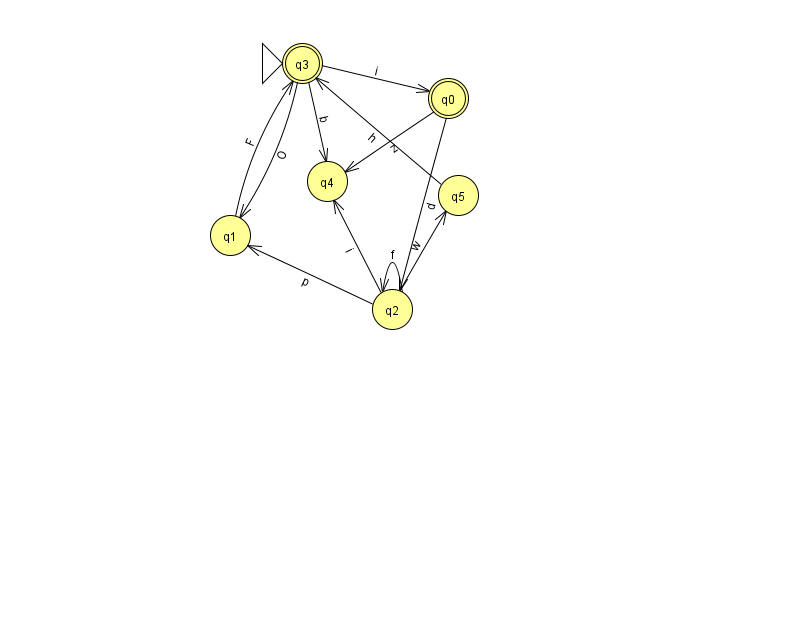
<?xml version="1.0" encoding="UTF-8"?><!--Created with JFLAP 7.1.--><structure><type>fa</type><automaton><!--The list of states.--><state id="0" name="q0"><x>448.0</x><y>85.0</y><final/></state><state id="1" name="q1"><x>230.0</x><y>222.0</y></state><state id="2" name="q2"><x>392.0</x><y>296.0</y></state><state id="3" name="q3"><x>302.0</x><y>50.0</y><initial/><final/></state><state id="4" name="q4"><x>327.0</x><y>168.0</y></state><state id="5" name="q5"><x>458.0</x><y>182.0</y></state><!--The list of transitions.--><transition><from>0</from><to>4</to><read>z</read></transition><transition><from>5</from><to>3</to><read>h</read></transition><transition><from>2</from><to>4</to><read>i</read></transition><transition><from>1</from><to>3</to><read>F</read></transition><transition><from>2</from><to>1</to><read>p</read></transition><transition><from>0</from><to>2</to><read>d</read></transition><transition><from>2</from><to>2</to><read>f</read></transition><transition><from>2</from><to>5</to><read>w</read></transition><transition><from>3</from><to>1</to><read>O</read></transition><transition><from>3</from><to>4</to><read>b</read></transition><transition><from>3</from><to>0</to><read>i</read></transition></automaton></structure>